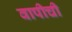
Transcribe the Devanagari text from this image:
वापीची